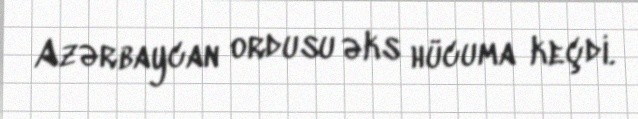
Azərbaycan ordusu əks hücuma keçdi.